Plague in India, 1896, 1897 - Volume 3
Year: 1896
Disease focus: Plague
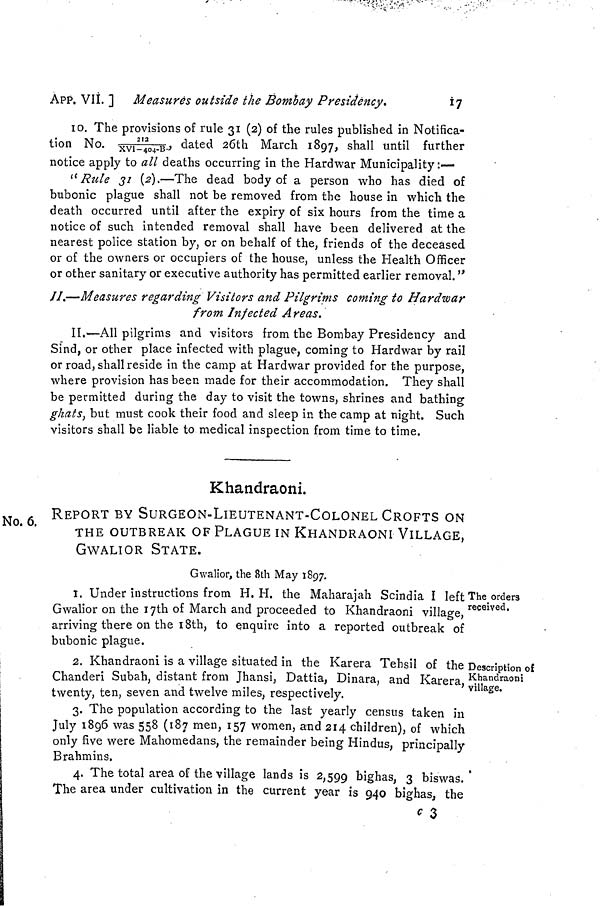
APP. VII. ] Measures outside the Bombay Presidency.
i
I0. The provisions of rule 31 (2) of the rules published in Notifie
tion No.212/XVI-404-B. dated 26th March 1897, shall until furth
notice apply to all deaths occurring in the Hardwar Municipality:—
"Rule 31 (2).—The dead body of a person who has died
bubonic plague shall not be removed from the house in which t]
death occurred until after the expiry of six hours from the time
notice of such intended removal shall have been delivered at t]
nearest police station by, or on behalf of the, friends of the deceased
or of the owners or occupiers of the house, unless the Health Offic
or other sanitary or executive authority has permitted earlier removal"
II.—Measures regarding Visitors and Pilgrims coming to Hardwar
from Infected Areas.
II.—All pilgrims and visitors from the Bombay Presidency and
Sind, or other place infected with plague, coming to Hardwar by r;
or road, shall reside in the camp at Hardwar provided for the purpos
where provision has been made for their accommodation. They shal
be permitted during the day to visit the towns, shrines and bathing
ghats, but must cook their food and sleep in the camp at night. Su<
visitors shall be liable to medical inspection from time to time.
Khandraoni.
No. 6. REPORT BY SURGEON-LIEUTENANT-COLONEL CROFTS ON
THE OUTBREAK OF PLAGUE IN KHANDRAONI VILLAGE,
GWALIOR STATE.
Gwalior, the 8th May 1897.
The orders
received.
I. Under instructions from H.H. the Maharajah Scindia I left
Gwalior on the 17th of March and proceeded to Khandraoni village,
arriving there on the 18th, to enquire into a reported outbreak of
bubonic plague.
Description of
Khandraoni
village.
2. Khandraoni is a village situated in the Karera Tehsil of the
Chanderi Subah, distant from Jhansi, Dattia, Diñara, and Karera
twenty, ten, seven and twelve miles, respectively.
3. The population according to the last yearly census taken in
July 1896 was 558 (187 men, 157 women, and 214 children), of which
only five were Mahomedans, the remainder being Hindus, principally
Brahmins.
4. The total area of the village lands is 2,599 bighas, 3 biswas.
The area under cultivation in the current year is 940 bighas, the
c 3